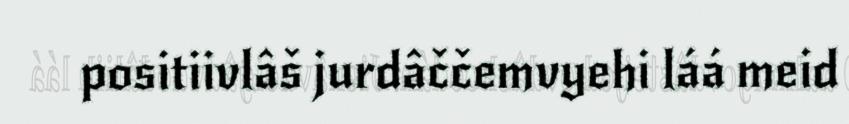
positiivlâš jurdâččemvyehi láá meid